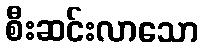
စီးဆင်းလာသော